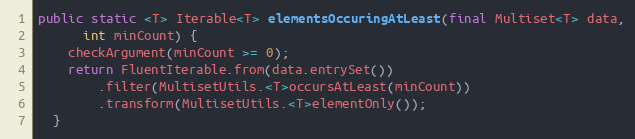
Language: Java
public static <T> Iterable<T> elementsOccuringAtLeast(final Multiset<T> data,
      int minCount) {
    checkArgument(minCount >= 0);
    return FluentIterable.from(data.entrySet())
        .filter(MultisetUtils.<T>occursAtLeast(minCount))
        .transform(MultisetUtils.<T>elementOnly());
  }